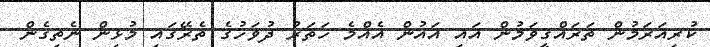
ކުރިއަރަމުން ތަރައްގީވަމުން އައި އައުން އެއްމެ ހަތަރު ދުވަހުގެ ތެރޭގައި މުޅިން ނެތިގެން